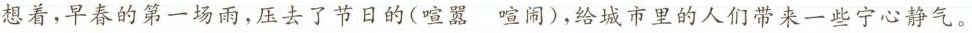
想着，早春的第一场雨，压去了节日的(喧嚣喧闹)，给城市里的人们带来一些宁心静气。